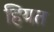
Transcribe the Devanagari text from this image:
हियत